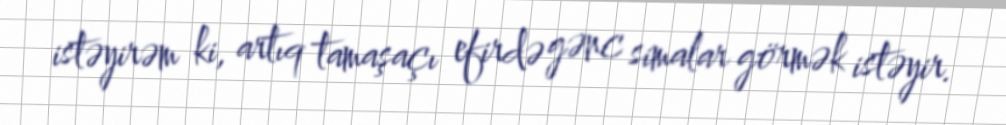
istəyirəm ki, artıq tamaşaçı efirdə gənc simalar görmək istəyir.